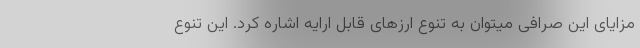
مزایای این صرافی میتوان به تنوع ارزهای قابل ارایه اشاره کرد. این تنوع